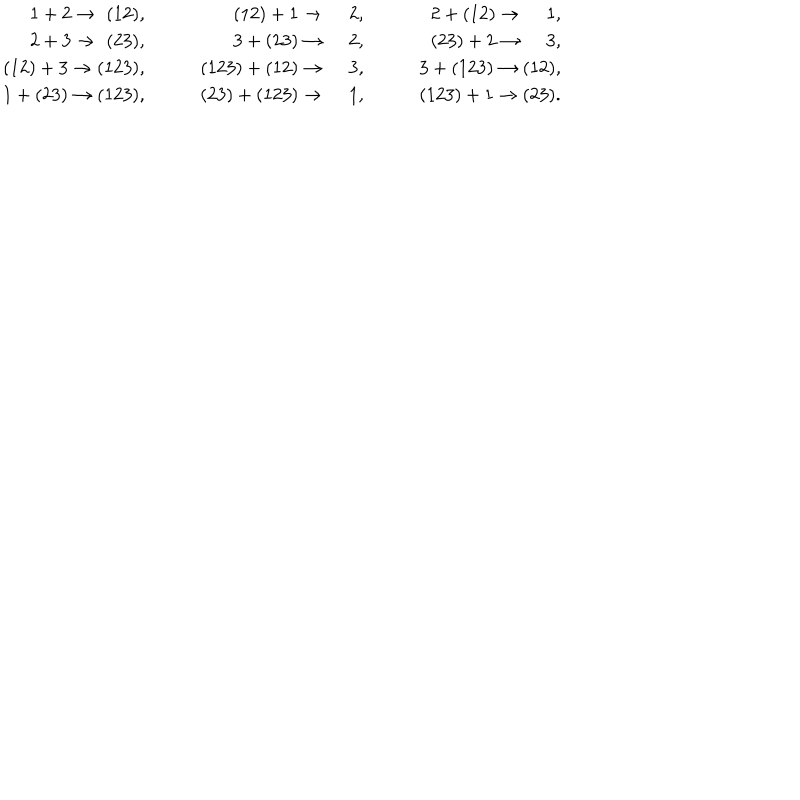
LaTeX: \begin{array} { r r r } { { 1 + 2 \rightarrow \, \, ( 1 2 ) , \qquad } } & { { ( 1 2 ) + 1 \rightarrow \quad \, 2 , \qquad } } & { { 2 + ( 1 2 ) \rightarrow \quad \, 1 , \qquad } } \\ { { 2 + 3 \rightarrow \, \, ( 2 3 ) , \qquad } } & { { 3 + ( 2 3 ) \rightarrow \quad \, 2 , \qquad } } & { { ( 2 3 ) + 2 \rightarrow \quad \, 3 , \qquad } } \\ { { ( 1 2 ) + 3 \rightarrow ( 1 2 3 ) , \qquad } } & { { ( 1 2 3 ) + ( 1 2 ) \rightarrow \quad \, 3 , \qquad } } & { { 3 + ( 1 2 3 ) \rightarrow ( 1 2 ) , \qquad } } \\ { { 1 + ( 2 3 ) \rightarrow ( 1 2 3 ) , \qquad } } & { { ( 2 3 ) + ( 1 2 3 ) \rightarrow \quad \, 1 , \qquad } } & { { ( 1 2 3 ) + 1 \rightarrow ( 2 3 ) . \qquad } } \\ \end{array}